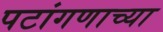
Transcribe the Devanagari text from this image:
पटांगणाच्या